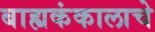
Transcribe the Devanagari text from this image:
बाह्यकंकालाचे